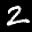
Label: 2